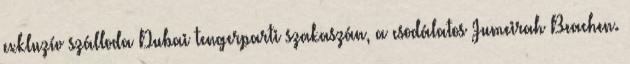
exkluzív szálloda Dubai tengerparti szakaszán, a csodálatos Jumeirah Beachen.